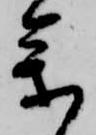
参